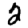
Digit: 2